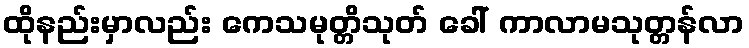
ထိုနည်းမှာလည်း ကေသမုတ္တိသုတ် ခေါ် ကာလာမသုတ္တန်လာ